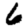
Digit: 6